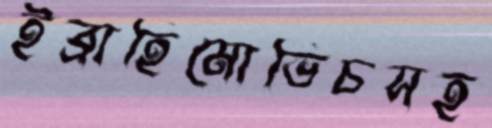
ইব্রাহিমোভিচসহ